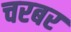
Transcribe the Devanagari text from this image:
चरबर